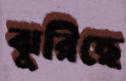
ঝুরিছে